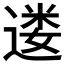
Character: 𫐷